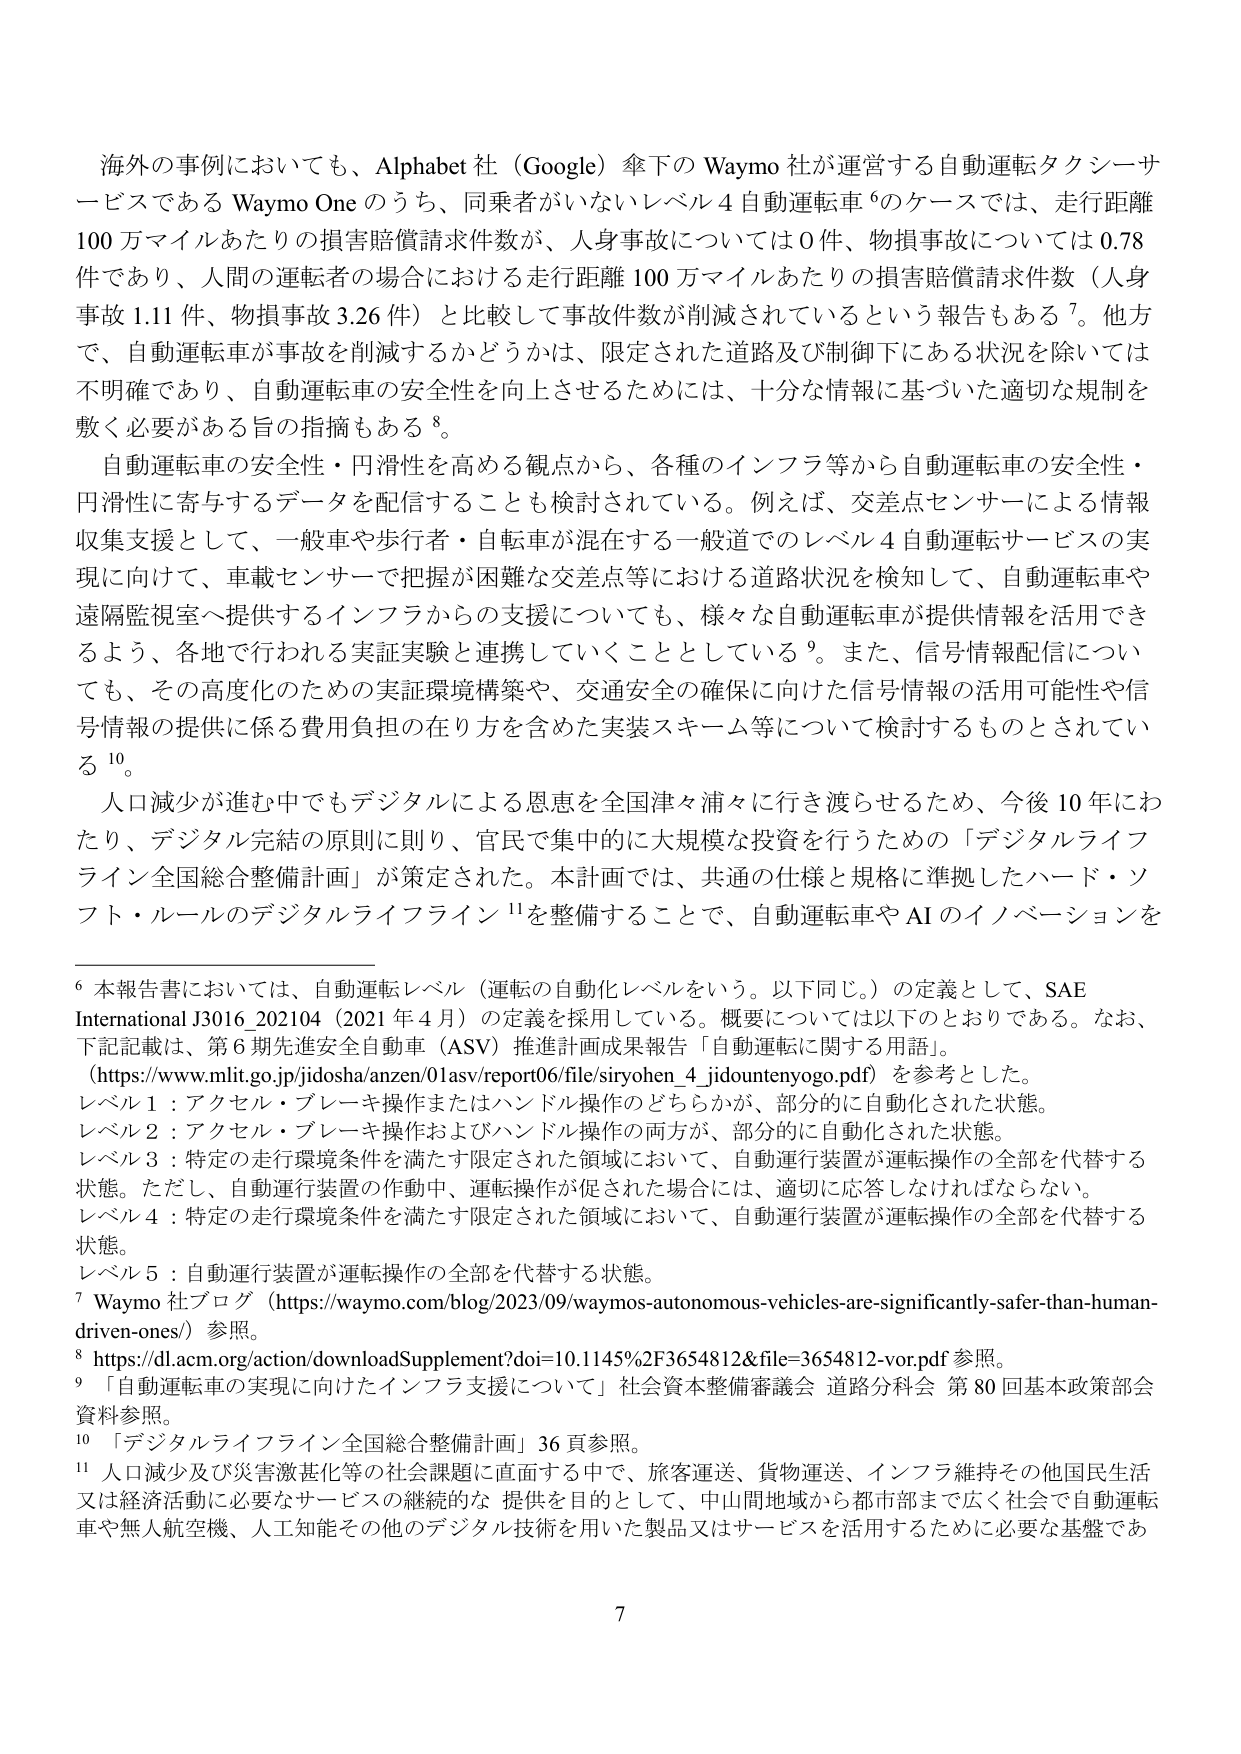
海外の事例においても、Alphabet 社（Google）傘下の Waymo 社が運営する自動運転タクシーサービスである Waymo One のうち、同乗者がいないレベル 4 自動運転車⁶のケースでは、走行距離 100 万マイルあたりの損害賠償請求件数が、人身事故については 0 件、物損事故については 0.78 件であり、人間の運転者の場合における走行距離 100 万マイルあたりの損害賠償請求件数（人身事故 1.11 件、物損事故 3.26 件）と比較して事故件数が削減されているという報告もある⁷。他方で、自動運転車が事故を削減するかどうかは、限定された道路及び制御下にある状況を除いては不明確であり、自動運転車の安全性を向上させるためには、十分な情報に基づいた適切な規制を敷く必要がある旨の指摘もある⁸。

自動運転車の安全性・円滑性を高める観点から、各種のインフラ等から自動運転車の安全性・円滑性に寄与するデータを配信することも検討されている。例えば、交差点センサーによる情報収集支援として、一般車や歩行者・自転車が混在する一般道でのレベル 4 自動運転サービスの実現に向けて、車載センサーで把握が困難な交差点等における道路状況を検知して、自動運転車や遠隔監視室へ提供するインフラからの支援についても、様々な自動運転車が提供情報を活用できるよう、各地で行われる実証実験と連携していくこととしている⁹。また、信号情報配信についても、その高度化のための実証環境構築や、交通安全の確保に向けた信号情報の活用可能性や信号情報の提供に係る費用負担の在り方を含めた実装スキーム等について検討するものとされている¹⁰。

人口減少が進む中でもデジタルによる恩恵を全国津々浦々に行き渡らせるため、今後 10 年にわたり、デジタル完結の原則に則り、官民で集中的に大規模な投資を行うための「デジタルライフライン全国総合整備計画」が策定された。本計画では、共通の仕様と規格に準拠したハード・ソフト・ルールのデジタルライフライン¹¹を整備することで、自動運転車や AI のイノベーションを

⁶ 本報告書においては、自動運転レベル（運転の自動化レベルをいう。以下同じ。）の定義として、SAE International J3016_202104（2021 年 4 月）の定義を採用している。概要については以下のとおりである。なお、下記記載は、第 6 期先進安全自動車（ASV）推進計画成果報告「自動運転に関する用語」（https://www.mlit.go.jp/jidosha/anzen/01asv/report06/file/siryohen_4_jidountenyogo.pdf）を参考とした。
レベル 1：アクセル・ブレーキ操作またはハンドル操作のどちらかが、部分的に自動化された状態。
レベル 2：アクセル・ブレーキ操作およびハンドル操作の両方が、部分的に自動化された状態。
レベル 3：特定の走行環境条件を満たす限定された領域において、自動運行装置が運転操作の全部を代替する状態。ただし、自動運行装置の作動中、運転操作が促された場合には、適切に応答しなければならない。
レベル 4：特定の走行環境条件を満たす限定された領域において、自動運行装置が運転操作の全部を代替する状態。
レベル 5：自動運行装置が運転操作の全部を代替する状態。
⁷ Waymo 社ブログ（https://waymo.com/blog/2023/09/waymos-autonomous-vehicles-are-significantly-safer-than-human-driven-ones/）参照。
⁸ https://dl.acm.org/action/downloadSupplement?doi=10.1145%2F3654812&file=3654812-vor.pdf 参照。
⁹ 「自動運転車の実現に向けたインフラ支援について」社会資本整備審議会 道路分科会 第 80 回基本政策部会資料参照。
¹⁰ 「デジタルライフライン全国総合整備計画」36 頁参照。
¹¹ 人口減少及び災害激甚化等の社会課題に直面する中で、旅客運送、貨物運送、インフラ維持その他国民生活又は経済活動に必要なサービスの継続的な提供を目的として、中山間地域から都市部まで広く社会で自動運転車や無人航空機、人工知能その他のデジタル技術を用いた製品又はサービスを活用するために必要な基盤である。

7